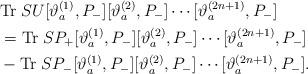
LaTeX: \begin{align*}&{\rm Tr}\;SU[\vartheta_{a}^{(1)},P_-][\vartheta_a^{(2)},P_-]\cdots[\vartheta_a^{(2n+1)},P_-]\\&={\rm Tr}\;SP_+[\vartheta_{a}^{(1)},P_-][\vartheta_a^{(2)},P_-]\cdots[\vartheta_a^{(2n+1)},P_-]\\&-{\rm Tr}\;SP_-[\vartheta_{a}^{(1)},P_-][\vartheta_a^{(2)},P_-]\cdots[\vartheta_a^{(2n+1)},P_-].\end{align*}